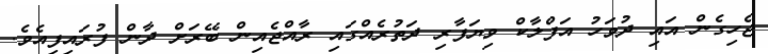
ޖެހިގެން އައި ދުވަހު އަފްލާކް ވިޔަފާރި ދަތުރެއްގައި ރާއްޖެއިން ބޭރަށް ދާން ފުރައިފިއެވެ.